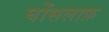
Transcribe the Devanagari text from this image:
घोंसलाफ़